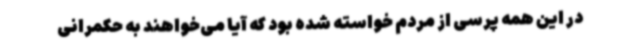
در این همه پرسی از مردم خواسته شده بود که آیا می‌خواهند به حکمرانی